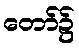
တော်၌